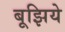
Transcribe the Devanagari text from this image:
बूझिये